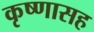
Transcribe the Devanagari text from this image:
कृष्णासह